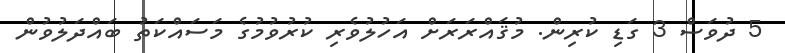
5 ދުވަސް 3 ގަޑި ކުރިން. މުޤައްރަރަށް އަހުލުވެރި ކުރުވުމުގެ މަސައްކަތު ބައްދަލުވުން